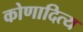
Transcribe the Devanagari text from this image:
कोणादित्य